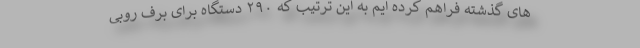
های گذشته فراهم کرده ایم به این ترتیب که ۲۹۰ دستگاه برای برف روبی